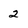
Character: 2